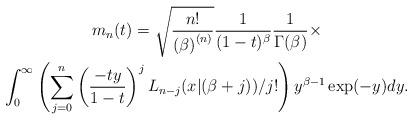
LaTeX: \begin{gather*}m_{n}(t)=\allowbreak \sqrt{\frac{n!}{\left( \beta \right) ^{\left( n\right) }}}\frac{1}{(1-t)^{\beta }}\frac{1}{\Gamma (\beta )}\times \\\int_{0}^{\infty }\left( \sum_{j=0}^{n}\left( \frac{-ty}{1-t}\right)^{j}L_{n-j}(x|(\beta +j))/j!\right) y^{\beta -1}\exp (-y)dy.\end{gather*}